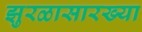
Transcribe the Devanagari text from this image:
झुरळासारख्या